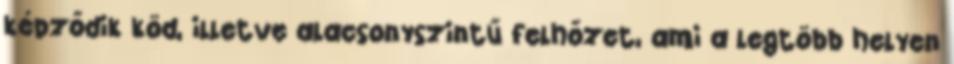
képződik köd, illetve alacsonyszintű felhőzet, ami a legtöbb helyen